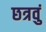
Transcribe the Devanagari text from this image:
छत्रवुं